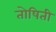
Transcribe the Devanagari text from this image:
तोषिती